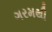
ગરમથી